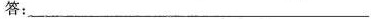
答：___